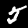
Label: 5